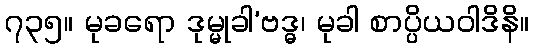
၇၃၅။ မုခရော ဒုမ္မုခါ’ဗဒ္ဓ၊ မုခါ စာပ္ပိယဝါဒိနိ။